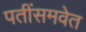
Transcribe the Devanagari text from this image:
पतींसमवेत